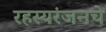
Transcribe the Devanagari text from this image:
रहस्यरंजनचे